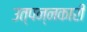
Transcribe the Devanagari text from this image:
उत्पन्नकारी